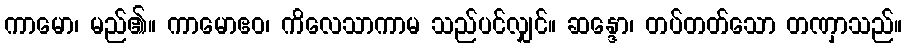
ကာမော၊ မည်၏။ ကာမောဧဝ၊ ကိလေသာကာမ သည်ပင်လျှင်။ ဆန္ဒော၊ တပ်တတ်သော တဏှာသည်။